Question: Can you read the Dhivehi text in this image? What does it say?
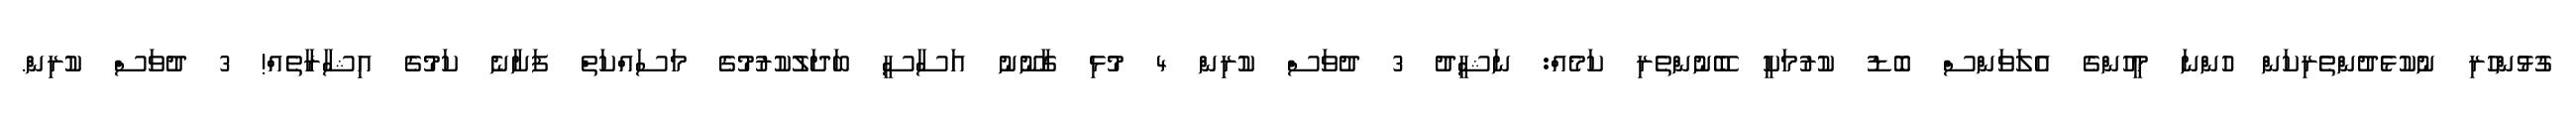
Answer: ގުޅުންހުރި ނުކުޅެދުންތެރިކަން ހުންނަ މީހުންގެ އެލަވަންސް ބޮޑު ކުރުމަކީ ބޭނުންތެރި ކަމެއް: ނަޝީދު 3 ދުވަސް ކުރިން 4 މުޅި ގާނޫނު އަސާސީ ބަދަލުކުރުމުގެ މަސައްކަތް ފަށާނެ ކަމުގެ އިޝާރާތެއް! 3 ދުވަސް ކުރިން.